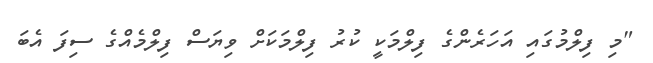
"މި ފިލްމުގައި އަހަރެންގެ ފިލްމަކީ ކުރު ފިލްމަކަށް ވިޔަސް ފިލްމެއްގެ ސިފަ އެބަ